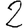
Digit: 2